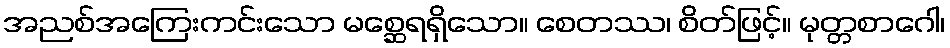
အညစ်အကြေးကင်းသော မစ္ဆေရရှိသော။ စေတဿ၊ စိတ်ဖြင့်။ မုတ္တစာဂေါ၊